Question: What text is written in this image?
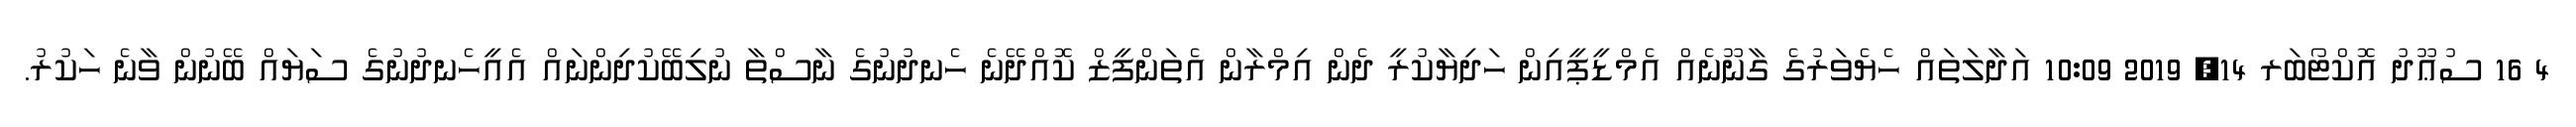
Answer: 4 16 ސުޢޫދު އޮކްޓޯބަރ 14, 2019 10:09 އަދާލަތައް ހެޔެވަރުގެ ގާނޫނެއް އެމްޑީޕީއިން ހަދިޔާކުރީ ދެން އިމްރާން އެތަންފީޒް ކޮއްދޭނެ ހެނދުނުގެ ނާސްތާ ނުލިބޭކުދިންނައް އެއީހެނދުނުގެ ސަޔައް ބޭނުން ވާނެ ހަކުރު.